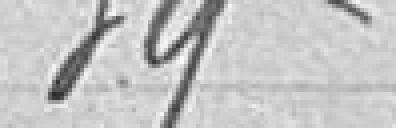
39 bis Exploitation de la coupe 5605.10  5075.09